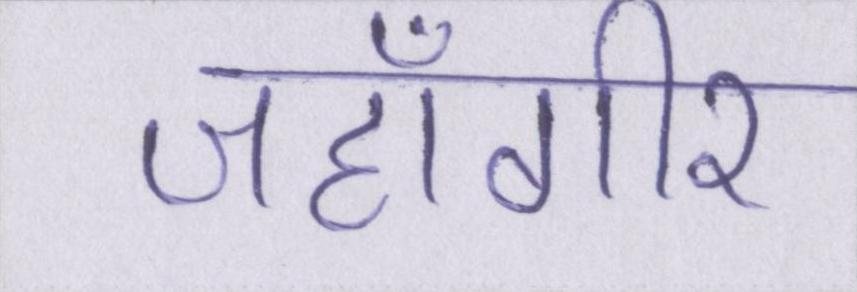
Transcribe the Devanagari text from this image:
जहाँगीर